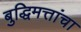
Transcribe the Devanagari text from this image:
बुद्धिमत्तांचा